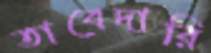
তাবেদারি